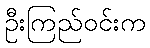
ဦးကြည်ဝင်းက